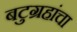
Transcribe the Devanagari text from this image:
बटुग्रहांचा